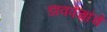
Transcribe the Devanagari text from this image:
डावपेचांचे